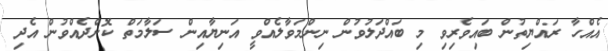
އެއްހާ ރައްޔިތުން ބައިވެރިވި މި ބައްދަލުވުން ނިންމަވާލެއްވީ އަނިޔާއިން ސަލާމަތް ކޮށްދެއްވުން އެދި